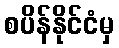
စပိန်နိုင်ငံမှ